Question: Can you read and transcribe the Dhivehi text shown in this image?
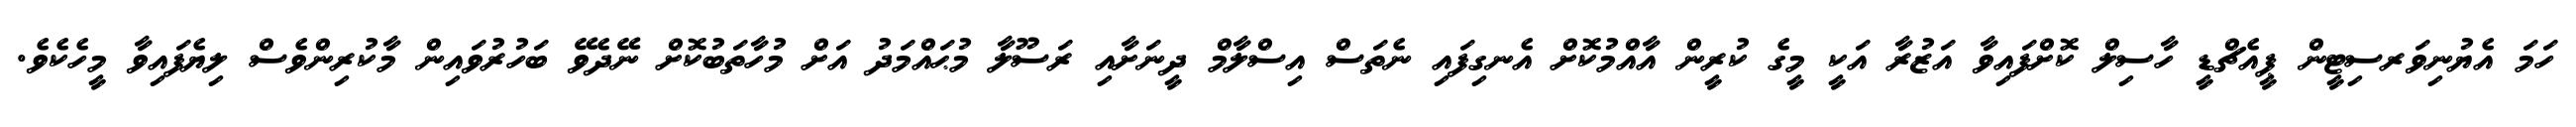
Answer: ހަމަ އެޔުނިވަރސިޓީން ޕީއެޗްޑީ ހާސިލް ކޮށްފައިވާ އަޒުރާ އަކީ މީގެ ކުރީން އާއްމުކޮށް އެނގިފައި ނެތަސް އިސްލާމް ދީނަށާއި ރަސޫލާ މުޙައްމަދު އަށް މުހާތަބުކޮށް ނޭދެވޭ ބަހުރުވައިން މާކުރިންވެސް ލިޔެފައިވާ މީހެކެވެ.